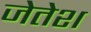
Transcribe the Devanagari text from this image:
जेतेश